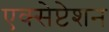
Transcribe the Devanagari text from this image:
एक्सेप्टेशन